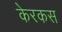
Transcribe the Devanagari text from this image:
केरकस